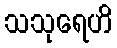
သသုရေဟိ